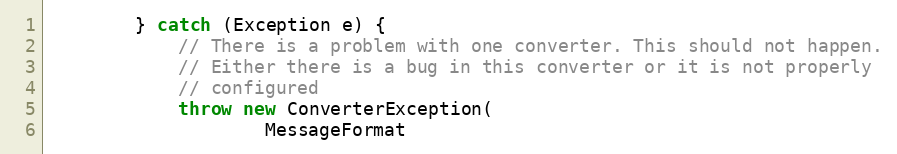
Language: Java
		} catch (Exception e) {
			// There is a problem with one converter. This should not happen.
			// Either there is a bug in this converter or it is not properly
			// configured
			throw new ConverterException(
					MessageFormat